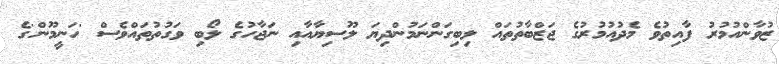
ޒުވާންއުމުރު ފާއިތުވެ މެދުއުމުރުގެ ޖަޒްބާތުތައް ލިބިގަންނަމުންދިޔަ ލޫސިޔާއާއި ނަޖާހުގެ ލޯބި ވަގުތުތައްވެސް 'ހަނީމޫން'ގެ